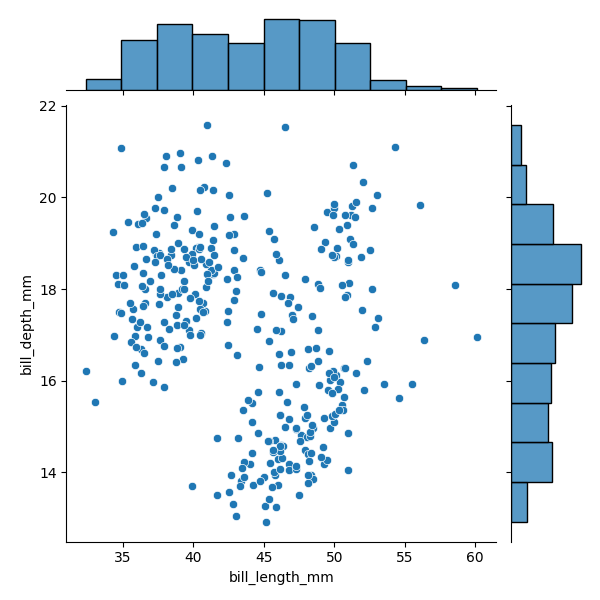
python, seaborn, JointGrid, scatterplot, histplot